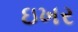
ઇખર